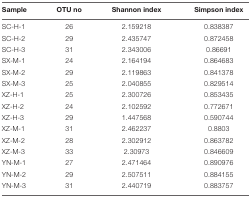
| Sample | OTU no | Shannon index | Simpson index |
 | --- | --- | --- | --- |
 | SC-H-1 | 26 | 2.159218 | 0.838387 |
 | SC-H-2 | 29 | 2.435747 | 0.872458 |
 | SC-H-3 | 31 | 2.343006 | 0.86691 |
 | SX-M-1 | 24 | 2.164194 | 0.864683 |
 | SX-M-2 | 29 | 2.119863 | 0.841378 |
 | SX-M-3 | 25 | 2.040855 | 0.829514 |
 | XZ-H-1 | 25 | 2.300726 | 0.853435 |
 | XZ-H-2 | 24 | 2.102592 | 0.772671 |
 | XZ-H-3 | 29 | 1.447568 | 0.590744 |
 | XZ-M-1 | 31 | 2.462237 | 0.8803 |
 | XZ-M-2 | 28 | 2.302912 | 0.863782 |
 | XZ-M-3 | 33 | 2.30973 | 0.846609 |
 | YN-M-1 | 27 | 2.471464 | 0.890976 |
 | YN-M-2 | 29 | 2.507511 | 0.884155 |
 | YN-M-3 | 31 | 2.440719 | 0.883757 |